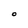
Character: O